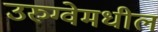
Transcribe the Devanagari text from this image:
उरुग्वेमधील